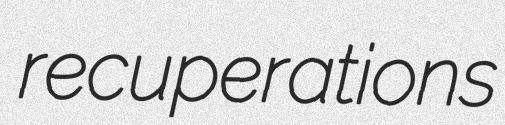
recuperations